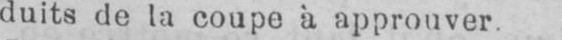
duits de la coupe a approuver.